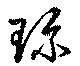
珍